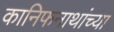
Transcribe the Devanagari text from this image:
कानिफनाथांच्या